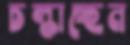
চল্‌কাচ্ছেন